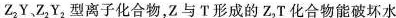
Z_{2}、Y，Z_{2}、Y_{2}型离子化合物，Z与T形成的Z_{2}T化合物能破坏水